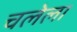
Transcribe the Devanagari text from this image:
चलेला